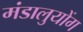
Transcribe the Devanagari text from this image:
मंडालुयोंग